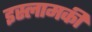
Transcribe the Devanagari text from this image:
इस्लामकी